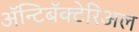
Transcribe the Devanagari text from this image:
ॲन्टिबॅक्‍टेरिअल